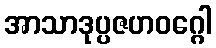
အာသာဒုပ္ပဇဟဝဂ္ဂေါ